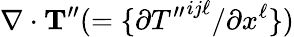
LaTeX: \nabla\cdot{\mathbf{T}}^{\prime\prime}(=\{ {\partial{T^{\prime\prime}}^{ij\ell}/\partial x^{\ell}}\} )